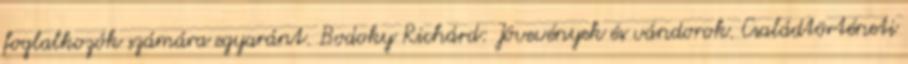
foglalkozók számára egyaránt. Bodoky Richárd: Jövevények és vándorok. Családtörténeti